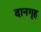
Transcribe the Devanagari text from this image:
दानगृह